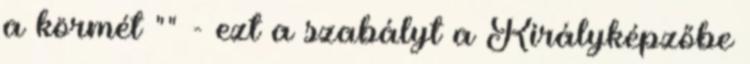
a körmét "" - ezt a szabályt a Királyképzőbe